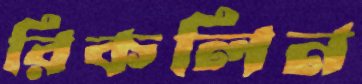
রিকলিন